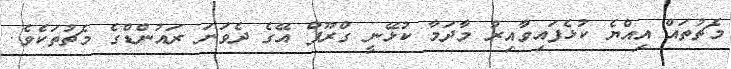
މެޗުތައް އިއްޔެ ކުޅެފައިވާއިރު މާދަމާ ކުޅޭނީ ގްރޫޕް އޭގެ ދެވަނަ ރައުންޑްގެ މެޗުތަކެވެ.